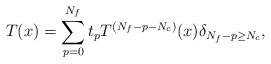
LaTeX: \begin{align*}T(x)=\sum_{p=0}^{N_f}t_pT^{(N_f-p-N_c)}(x) \delta_{N_f-p\geq N_c},\end{align*}